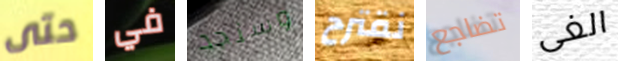
حتى في وسنجد نقترح تضاجع الغى